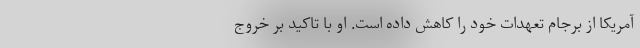
آمریکا از برجام تعهدات خود را کاهش داده است. او با تاکید بر خروج